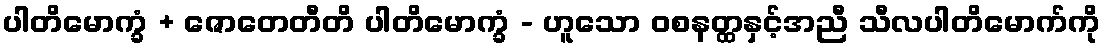
ပါတိမောက္ခံ + ဇောတေတီတိ ပါတိမောက္ခံ - ဟူသော ဝစနတ္ထနှင့်အညီ သီလပါတိမောက်ကို